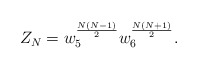
\begin{align*}Z_N=w_5^{\frac{N(N-1)}{2}}w_6^{\frac{N(N+1)}{2}}.\end{align*}